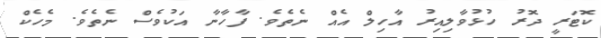
ކޮޓަރީ ދޮރު ހުޅުވާލިއިރު އާހިލް އެއް ނެތެވެ. ފާހާނާ އަކުވެސް ނެތެވެ. މެހެކް